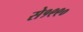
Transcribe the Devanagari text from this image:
से१९९०